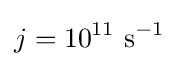
j=10^{11}\ {\text{s}}^{-1}